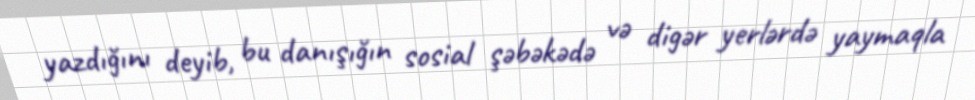
yazdığını deyib, bu danışığın sosial şəbəkədə və digər yerlərdə yaymaqla